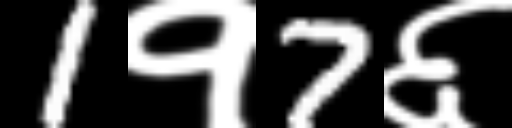
Text: 1१7६